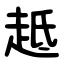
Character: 趆